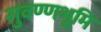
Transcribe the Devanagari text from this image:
सुवण्णभूमि